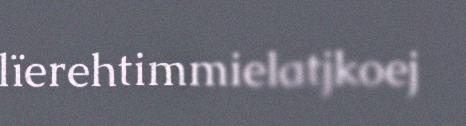
lïerehtimmielatjkoej